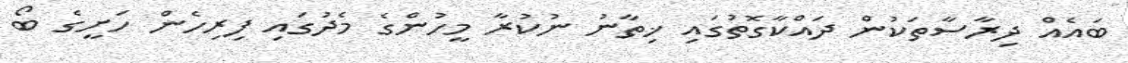
ބައެއް ދިރާސާތަކުން ދައްކާގޮތުގައި ޚިތާނު ނުކުރާ މީހުންގެ މެދުގައި ފިރިހެން ހަށީގެ ބޯ